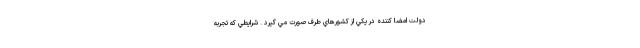
دولت امضا كننده در يكي از كشورهاي طرف صورت مي گيرد . شرايطي كه تجربه